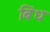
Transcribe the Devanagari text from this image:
बिंध